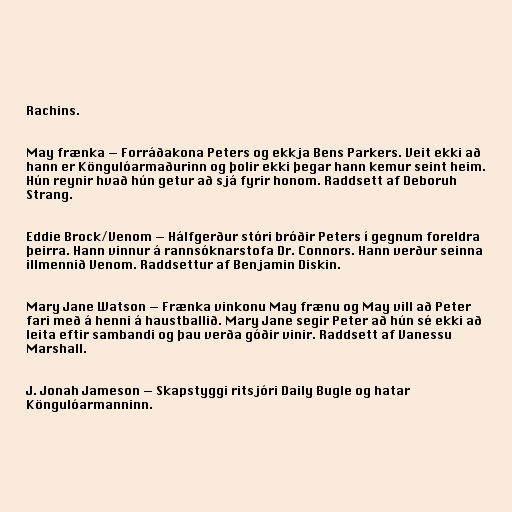
Rachins.

May frænka — Forráðakona Peters og ekkja Bens Parkers. Veit ekki að
hann er Köngulóarmaðurinn og þolir ekki þegar hann kemur seint heim.
Hún reynir hvað hún getur að sjá fyrir honom. Raddsett af Deboruh
Strang.

Eddie Brock/Venom — Hálfgerður stóri bróðir Peters í gegnum foreldra
þeirra. Hann vinnur á rannsóknarstofa Dr. Connors. Hann verður seinna
illmennið Venom. Raddsettur af Benjamin Diskin.

Mary Jane Watson — Frænka vinkonu May frænu og May vill að Peter
fari með á henni á haustballið. Mary Jane segir Peter að hún sé ekki að
leita eftir sambandi og þau verða góðir vinir. Raddsett af Vanessu
Marshall.

J. Jonah Jameson — Skapstyggi ritsjóri Daily Bugle og hatar
Köngulóarmanninn.